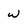
Character: W